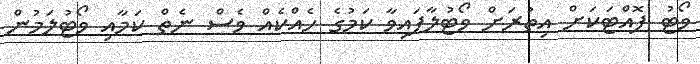
ވޯޓު ފޮއްޓަކަށް އިތުރަށް ވޯޓުލާފައިވާ ކަމުގެ ހެއްކެއް ވެސް ނެތް ކަމާއި ވޯޓުލަމުން